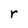
Character: r